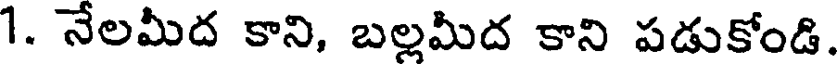
1. నేలమీద కాని, బల్లమీద కాని పడుకోండి.